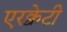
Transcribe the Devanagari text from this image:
एरक्वेटी